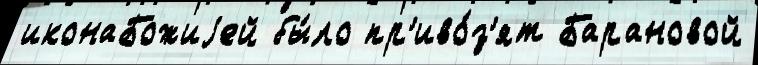
иконаБожиjей бы́ло пр'иво́з'ят Барановой